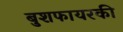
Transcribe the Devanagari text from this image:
बुशफायरकी